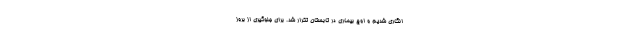
انگاری شدیم و اوج بیماری در تابستان تکرار شد. برای جلوگیری از بروز